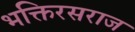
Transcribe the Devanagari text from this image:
भक्तिरसराज